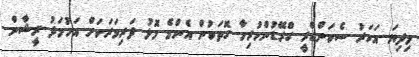
މިދިޔަ އަހަރު ސެކަންޑްރީ ގްރޭޑުންހުރިހާ ގޮތަކުން އެންމެ މޮޅު ދަރިވަރަކަށް އަހުމަދު ރީޝާން